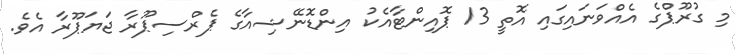
މި ގުރޫޕްގެ އެއްވަނައިގައި އޮތީ 13 ޕޮއިންޓާއެކު އިންޑޮނޭޝިއާގެ ޕެރްސިޕޫރާ ޖަޔަޕޫރާ އެވެ.